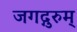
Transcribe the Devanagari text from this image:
जगद्गुरुम्